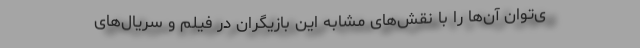
ی‌توان آن‌ها را با نقش‌های مشابه این بازیگران در فیلم و سریال‌های